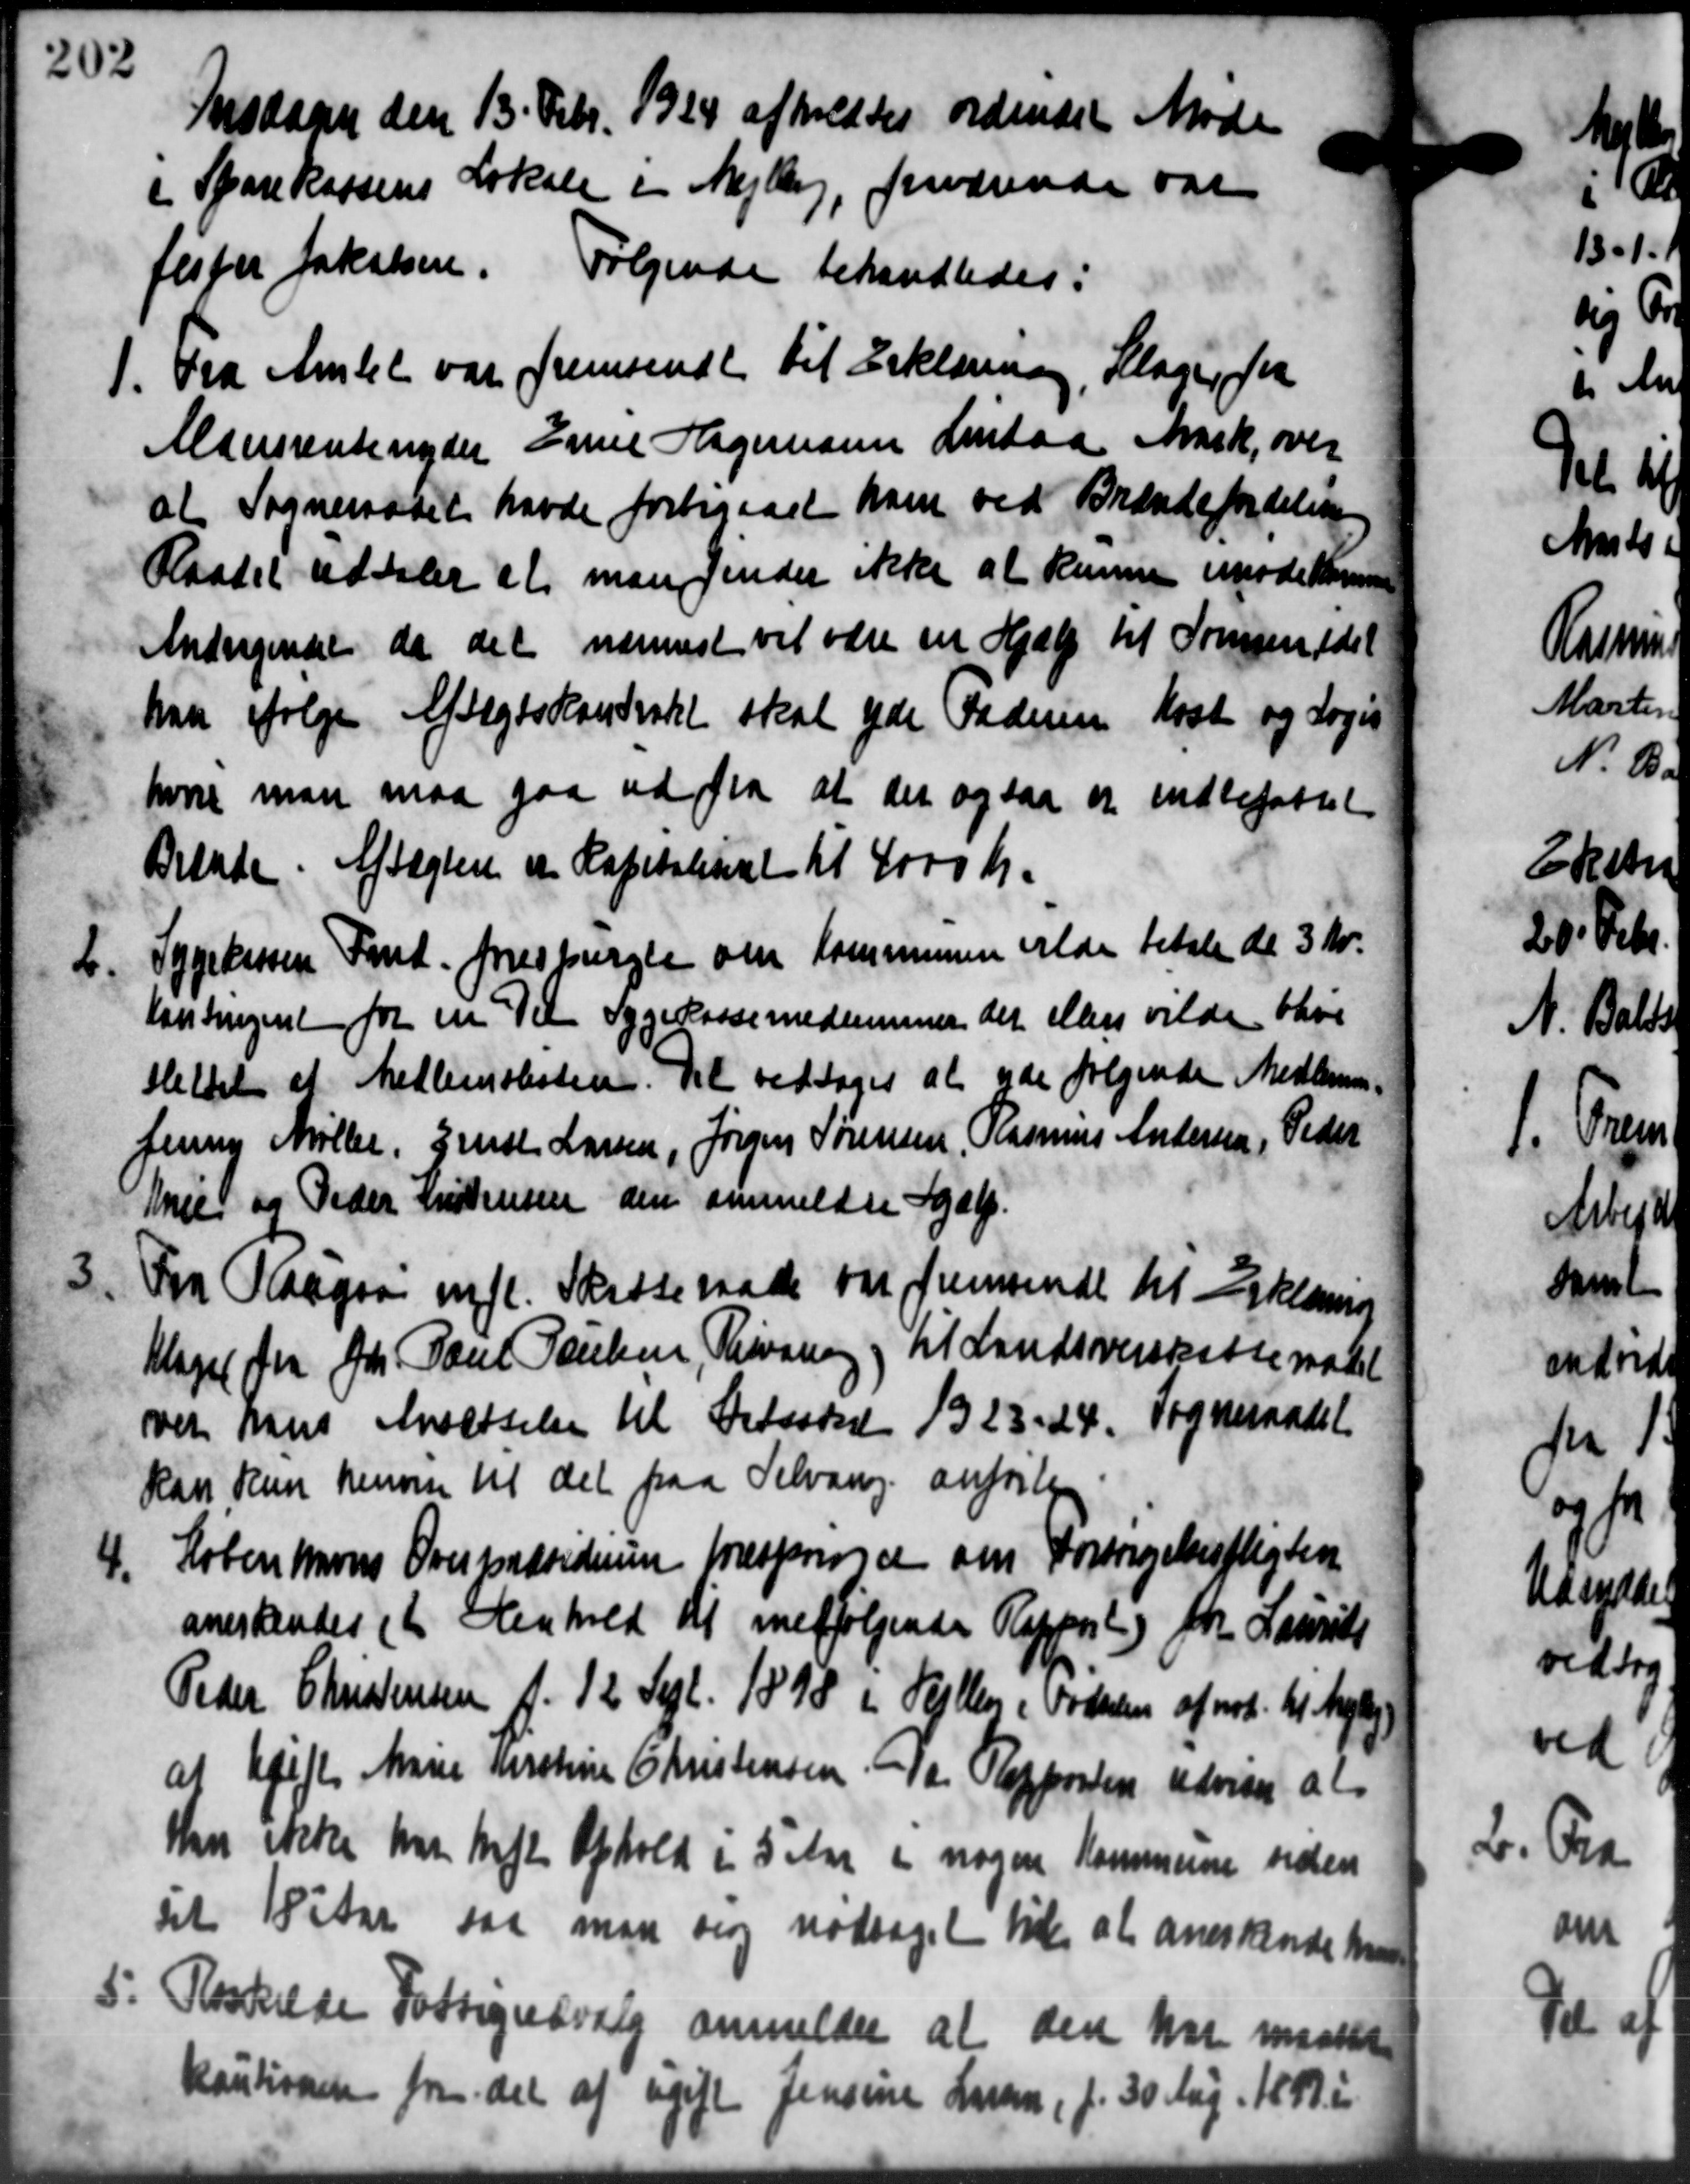
Transskription:
Insdagen den 13 Febr. 1924 afholdtes ordinært Mød
i Sparekassens Lokale i Mejlby, fraværende var
Jesper Jakobsen. Følgende behandledes:
1.
Fra Amtet var fremsendt til Erklæring, Klager for
Manrsrentenyder Emil Hagemann Lindaa Mark, over
at Sogneraadet havde forbigaaet ham ved Brændefordeling
Raadet udtaler at man finder ikke at kunne imøde Kommune
Andragendet da det nærmest vil være en Hjælp til Tomsendel
han ifølge Aftægtskontrakt skal yde Faderen Kost og Loges
hvore man maa gaa ud fra at der ogsaa er indbefattet
Bitade. Aftægten er Kapitaliant til 4000 Kr.
b.
Sygekassen Fmd. forespurgte om Kommunen vilde betale de 3 Kr.
Lantingent for en Til Sygekassemedlemmer der ellers vilde blive
Hettet et Medlemslisten. Det vedtoges at yde følgende Medlemmer
Jenny Møller, Grus Larsen, Jørgen Sørensen, Rasmus Andersen, Peder
Mie og Peder Kristensen den anmeldte Hjælp.
3.
Fra Raagaa mfl. Skatteraade var fremsendt til Erklæring
Klaget fra Gdr. Paul Poulsen, Privaring til Landsoverskatteratet
over hans Ansættelse til Betsadset 1923-24. Sogneraadet
Han kun henvise til det paa Selvang anførte
4. Københavns Oversandsideren træspriser om Forsørgelsespligten
4. Københavns Oversandsideren træspriser om Forsørgelsespligten
anerkendes et Henhold til medfølgende Reppril) for Laurits
Peder Christensen f. 12 Sept. 1898 i Heller i Fodslen af nok til Nybyg
at Ugift Marie Kirstine Christensen - 1a Rapporten udviser at
Han ikke har haft Ophold i 5 Aar i nogen Kommune siden
sit 18 Aar saa man sig modtaget til at anerkende ha
5. Roskilde Fattigudvalg anmelder at den har maattet
5. Roskilde Fattigudvalg anmelder at den har maattet
Kautionen fra det af ugift Jensine Larsen, f. 30 Aug. 1889 i